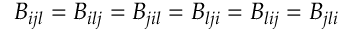
B _ { i j l } = B _ { i l j } = B _ { j i l } = B _ { l j i } = B _ { l i j } = B _ { j l i }